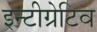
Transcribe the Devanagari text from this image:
इन्टीग्रेटिव